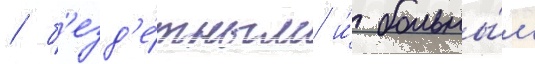
/ б'езд'е́тным и́ больны́м